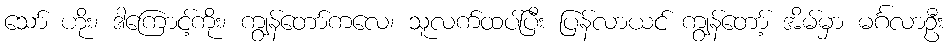
သော် ဟိုး၊ ဒါကြောင့်ကိုး၊ ကျွန်တော်ကလေ၊ သူလက်ထပ်ပြီး ပြန်လာယင် ကျွန်တော့် အိမ်မှာ မင်္ဂလာဦး